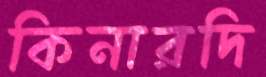
কিনারদি